画像に写った文字を読んでください
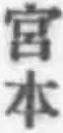
「宮本」と書いてあります